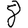
Digit: 8